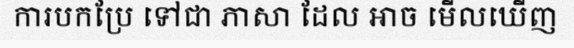
ការបកប្រែ ទៅជា ភាសា ដែល អាច មើលឃើញ